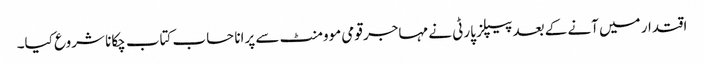
اقتدار میں آنے کے بعد پیپلز پارٹی نے مہاجر قومی موومنٹ سے پرانا حساب کتاب چکانا شروع کیا۔